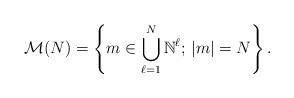
\begin{align*}\mathcal{M}(N)=\left\{ m\in\underset{\ell=1}{\overset{N}{\bigcup}}\,\mathbb{N}^{\ell};\,|m|=N\right\} .\end{align*}